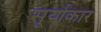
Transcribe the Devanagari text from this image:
सूर्याकार